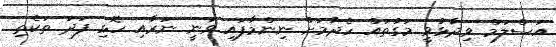
އަސްލަމް ވިދާޅުވީ މަގުތައް ހެދުމަށް ނިންމާފައި ވަނީ ނަރާއި ހޮޅި ފަދަ ތަކެތި